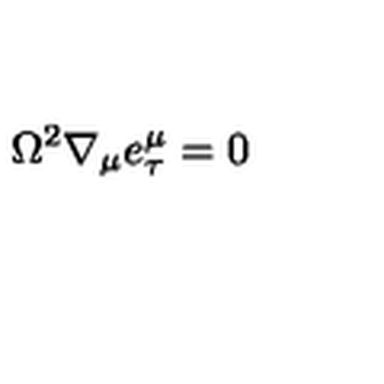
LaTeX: \Omega ^ { 2 } \nabla _ { \mu } e _ { \tau } ^ { \mu } = 0